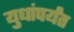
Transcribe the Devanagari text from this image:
युधांपर्यंत